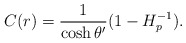
\begin{align*}C(r)={1\over{\cosh\theta^{\prime}}}(1-H^{-1}_p).\end{align*}